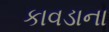
કાવડાના